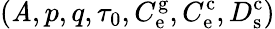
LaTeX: (\mathit{A},p,q,\tau_{0},C_{\mathrm{{e}}}^{\mathrm{{g}}},C_{\mathrm{{e}}}^{\mathrm{{c}}},D_{\mathrm{{s}}}^{\mathrm{{c}}})